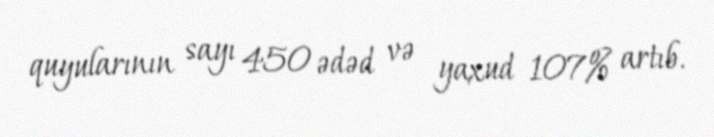
quyularının sayı 450 ədəd və yaxud 107% artıb.